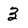
Character: 3